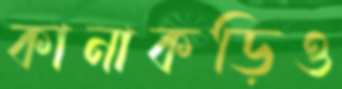
কানাকড়িও